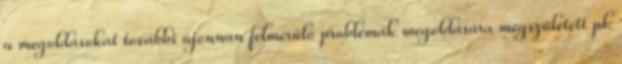
a megoldásokat további újonnan felmerülő problémák megoldására megszületett pl.